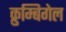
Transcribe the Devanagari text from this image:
क्रुम्बिगेल